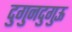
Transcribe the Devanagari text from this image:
दुगुनदुगुऊ